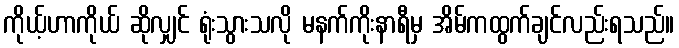
ကိုယ့်ဟာကိုယ် ဆိုလျှင် ရုံးသွားသလို မနက်ကိုးနာရီမှ အိမ်ကထွက်ချင်လည်းရသည်။